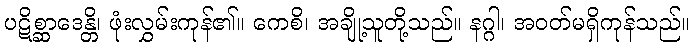
ပဋိစ္ဆာဒေန္တိ၊ ဖုံးလွှမ်းကုန်၏။ ကေစိ၊ အချို့သူတို့သည်။ နဂ္ဂါ၊ အဝတ်မရှိကုန်သည်။